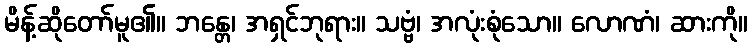
မိန့်ဆိုတော်မူ၏။ ဘန္တေ၊ အရှင်ဘုရား။ သဗ္ဗံ၊ အလုံးစုံသော။ လောဏံ၊ ဆားကို။